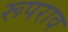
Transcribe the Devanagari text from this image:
रूपराव